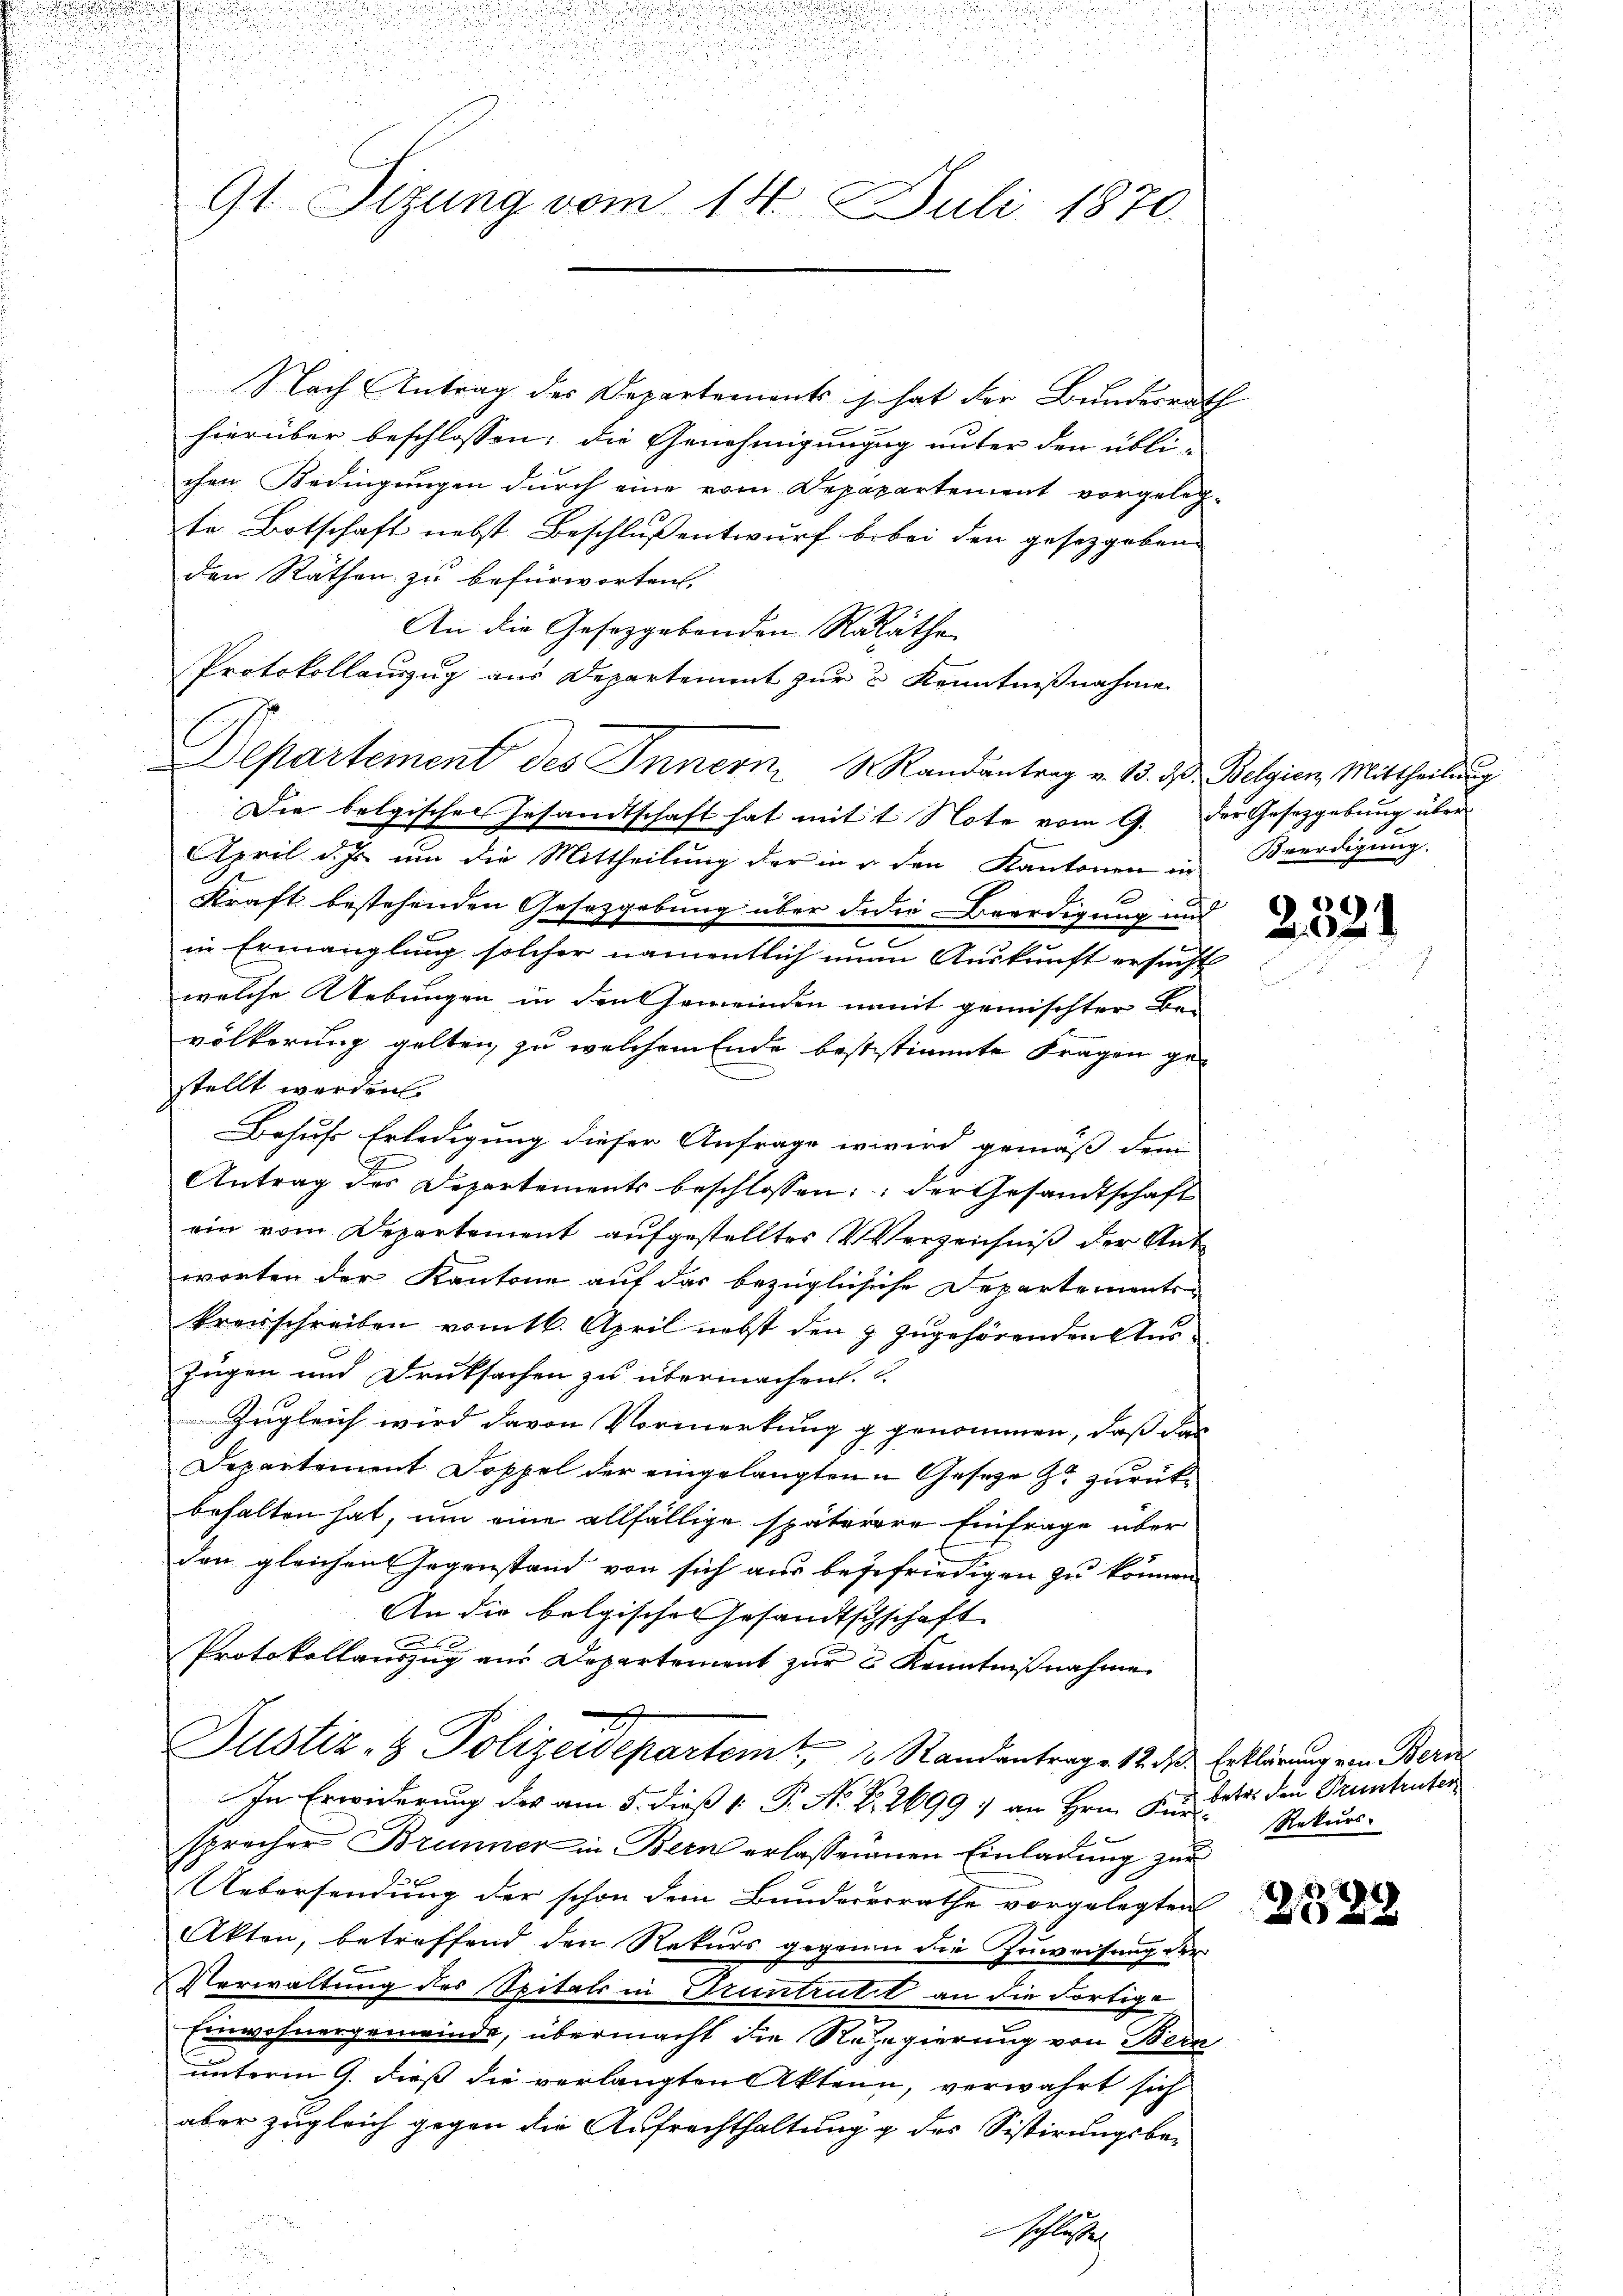
i

s
n
u
d
u

.
91. Sitzung vom 14. Juli 1870.

Nach Antrag des Departements so hat der Bundesrath
hierüber beschlossen; die Genehmigungg unter den üblichen Bedingungen durch eine vom Depapartement vorgelegte Botschaft nebst Beschluß entwurf bebei den gesetzgeben
den Rathen zu befürworten,
An die Gesetzgebenden Räthe
Protokollauszug aus Departement zur Kenntnißnahme
Departement des Innern Randantrag v. 13. d. d. Belgien, Mittheilung
Die belgischen Gesandtschaft hat mit 1 Note vom 9. Der Gesetzgebung über
April d. Js. um die Mittheilung der in u. den Kantonen in Beerdigung.
Kraft bestehenden Gesetzgebung über didie Beerdigung und
in Ermanglung solcher namentlich eine Auskunft ersucht
welche Uebungen in den Gemeinden namit gemischter Be-
völkerung gelten, zu welchem Ende bestistimmte Fragen gestellt werden.
Behufs Erledigung dieser Anfrage erwird gemäß dem
Antrag des Departements beschlossen: der Gesandtschaft
ein vom Departement aufgestelltes Verzeichniß der Ant
worten der Kantone auf das bezüglichehe Departements-
kreisschreiben vom 16. April nebst den & zugehörenden Auszügen und Drucksachen zu übermachen.
Zugleich wird davon Vormerkung g genommen, daß das
Departement Doppel der eingelangten Geseze zu zurückbehalten hat, um eine allfällige späterere Einfrage über

den gleichen Gegenstand von sich aus begefriedigen zu können
An die belgisches Gesandtschschaft

Protokollauszug aus Departement zur Kenntnißnahme
Justiz- & Polizeidepartemt 10 Standantrage 12. d. Erklärung von Beri
In Erwiderung des am 5. dieß v. P. Nr. 22699) an Hrn. Kindeter den Prententer
f 0
sprecher Brunner in Bern erlassenenen Einladung zur
Uebersendung der schon dem Bundererrathe vorgelegten
Akten, betreffend den Rekurs gegenn die Zuweisung der
Verwaltung des Spitals in Druntrull an die dortige
Einwohnergemeinde, übermacht die Regierung von Bern
unterm 9. dieß die verlangten Aktenn, verwahrt sich
aber zugleich gegen die Aufrechthaltung g des Sistirungsbe-
schlusser

u

232.

Rekurs.
 P E

2 x